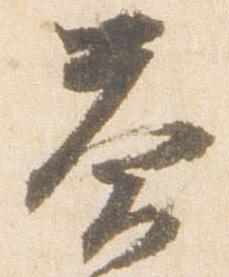
答